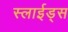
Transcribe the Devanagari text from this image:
स्लाईड्स